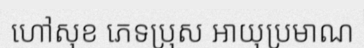
ហៅសុខ ភេទប្រុស អាយុប្រមាណ